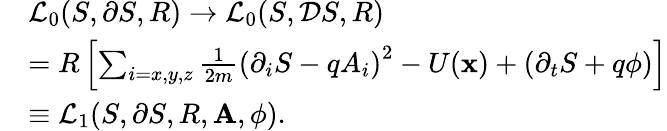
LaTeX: \begin{array}{rl}&{\mathcal{L}_{0}(S,\partial S,R)\rightarrow\mathcal{L}_{0}(S,\mathcal DS,R)}\\ &{=R\left[\sum_{i=x,y,z}\frac{1}{2m}\left(\partial_{i}S-qA_{i}\right)^{2}-U(\mathbf x)+\left(\partial_{t}S+q\phi\right)\right]}\\ &{\equiv\mathcal{L}_{1}(S,\partial S,R,\mathbf A,\phi).}\end{array}